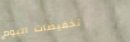
تخفيضات اليوم